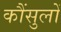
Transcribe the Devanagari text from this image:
कौंसुलों